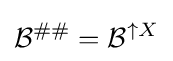
{\mathcal {B}}^{\#\#}={\mathcal {B}}^{\uparrow X}